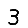
Digit: 3